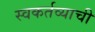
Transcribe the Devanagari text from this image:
स्वकर्तव्याची